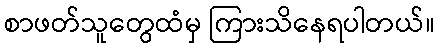
စာဖတ်သူတွေထံမှ ကြားသိနေရပါတယ်။